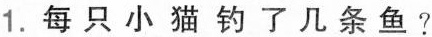
1.每只小猫钓了几条鱼？